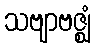
သဗျာဗဇ္ဈံ